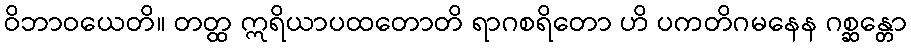
ဝိဘာဝယေတိ။ တတ္ထ ဣရိယာပထတောတိ ရာဂစရိတော ဟိ ပကတိဂမနေန ဂစ္ဆန္တော